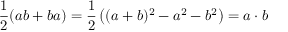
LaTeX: { \frac { 1 } { 2 } } ( a b + b a ) = { \frac { 1 } { 2 } } \left( ( a + b ) ^ { 2 } - a ^ { 2 } - b ^ { 2 } \right) = a \cdot b